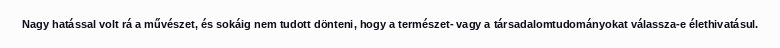
Nagy hatással volt rá a művészet, és sokáig nem tudott dönteni, hogy a természet- vagy a társadalomtudományokat válassza-e élethivatásul.